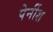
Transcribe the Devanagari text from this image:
पेर्नीश